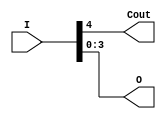
module buf541 (I,Cout,O); // buffer which reduces 5 bits into 1 and 4 bit values
  input[4:0] I;
  output Cout;
  output[3:0] O;
  assign Cout = I[4];
  assign O = I[3:0];
endmodule